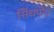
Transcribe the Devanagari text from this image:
सिंथपोप